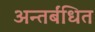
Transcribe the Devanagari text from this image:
अन्तर्बंधित